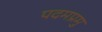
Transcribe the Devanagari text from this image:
पदमप्रमु